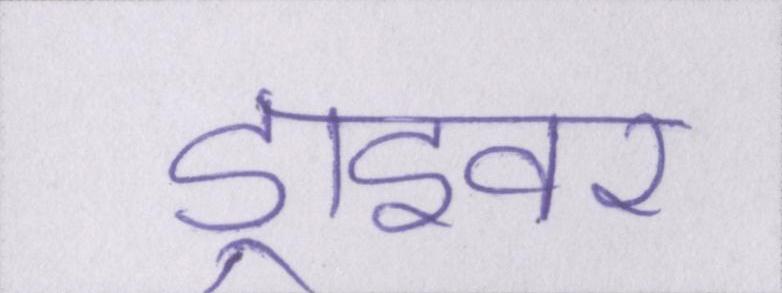
ड्राइवर